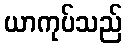
ယာကုပ်သည်